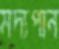
মদ্যপান